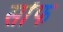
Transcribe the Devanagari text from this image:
सोंफ